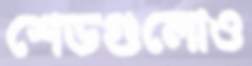
শেডগুলোও